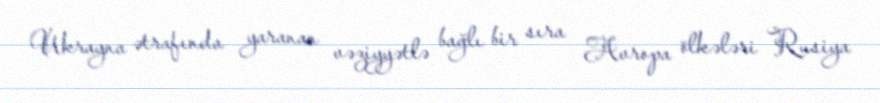
Ukrayna ətrafında yaranan vəziyyətlə bağlı bir sıra Avropa ölkələri Rusiya